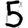
Digit: 5